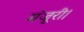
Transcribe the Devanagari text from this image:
मंजूरी।